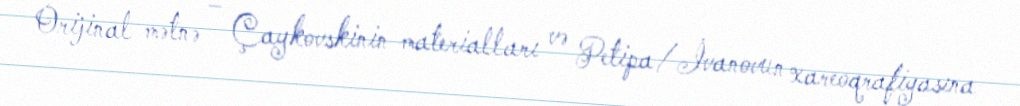
Orijinal mətnə – Çaykovskinin materialları və Petipa/İvanovun xareoqrafiyasına